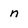
Character: n